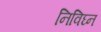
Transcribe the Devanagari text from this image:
निविघ्न